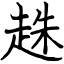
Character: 趎